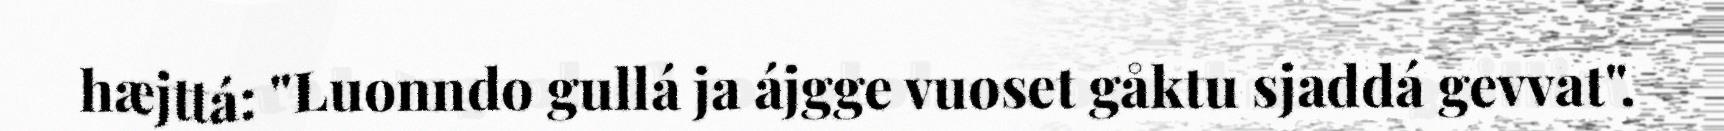
hæjttá: "Luonndo gullá ja ájgge vuoset gåktu sjaddá gevvat".